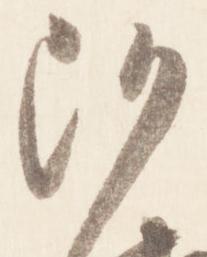
沙